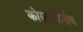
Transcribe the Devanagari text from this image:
कोस्टाडिनोव